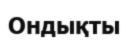
Ондықты